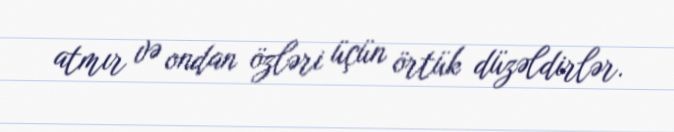
atmır və ondan özləri üçün örtük düzəldirlər.